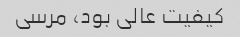
کیفیت عالی بود، مرسی